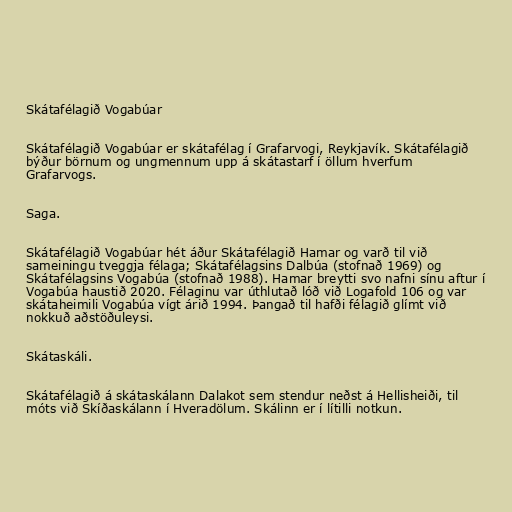
Skátafélagið Vogabúar

Skátafélagið Vogabúar er skátafélag í Grafarvogi, Reykjavík. Skátafélagið
býður börnum og ungmennum upp á skátastarf í öllum hverfum
Grafarvogs.

Saga.

Skátafélagið Vogabúar hét áður Skátafélagið Hamar og varð til við
sameiningu tveggja félaga; Skátafélagsins Dalbúa (stofnað 1969) og
Skátafélagsins Vogabúa (stofnað 1988). Hamar breytti svo nafni sínu aftur í
Vogabúa haustið 2020. Félaginu var úthlutað lóð við Logafold 106 og var
skátaheimili Vogabúa vígt árið 1994. Þangað til hafði félagið glímt við
nokkuð aðstöðuleysi.

Skátaskáli.

Skátafélagið á skátaskálann Dalakot sem stendur neðst á Hellisheiði, til
móts við Skíðaskálann í Hveradölum. Skálinn er í lítilli notkun.